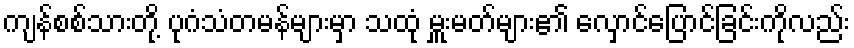
ကျန်စစ်သားတို့ ပုဂံသံတမန်များမှာ သထုံ မှူးမတ်များ၏ လှောင်ပြောင်ခြင်းကိုလည်း